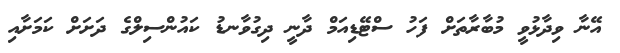
އޭނާ ވިދާޅުވީ މުބާރާތަށް ފަހު ސްޓޭޑިއަމް ދާނީ ދިގުވާނޑު ކައުންސިލްގެ ދަށަށް ކަމަށާއި